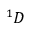
{ } ^ { 1 } D